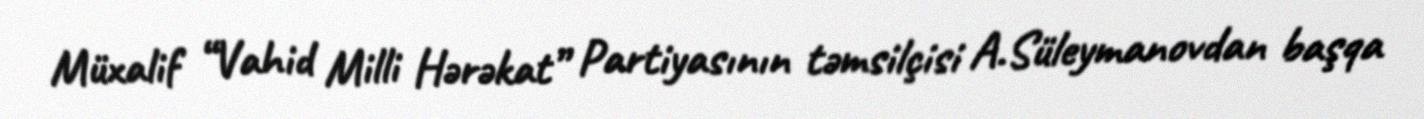
Müxalif “Vahid Milli Hərəkat” Partiyasının təmsilçisi A.Süleymanovdan başqa